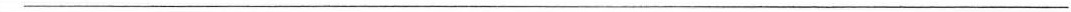
___